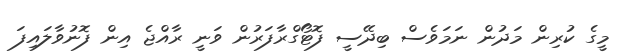
މީގެ ކުރިން މަދުން ނަމަވެސް ބިދޭސީ ފޮޓޯގްރާފަރުން ވަނީ ރާއްޖެ އިން ފޮނުވާލައިފަ